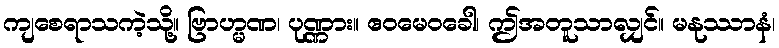
ကျစေရာသကဲ့သို့။ ဗြာဟ္မဏ၊ ပုဏ္ဏား။ ဧဝမေဝခေါ၊ ဤအတူသာလျှင်။ မနုဿာနံ၊